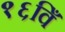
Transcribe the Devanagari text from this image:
१६विँ